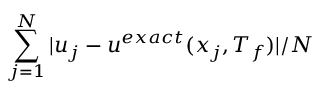
\sum _ { j = 1 } ^ { N } | u _ { j } - u ^ { e x a c t } ( x _ { j } , T _ { f } ) | / N